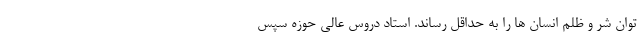
توان شر و ظلم انسان ها را به حداقل رساند. استاد دروس عالی حوزه سپس